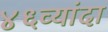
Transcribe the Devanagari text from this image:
४६व्यांदा